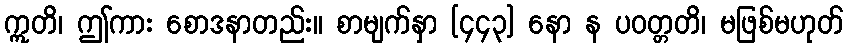
ဣတိ၊ ဤကား စောဒနာတည်း။ စာမျက်နှာ [၄၄၃] နော န ပဝတ္တတိ၊ မဖြစ်မဟုတ်